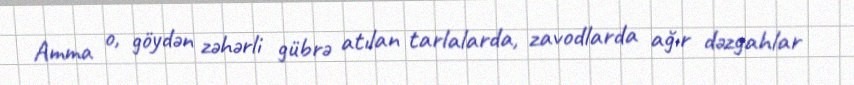
Amma o, göydən zəhərli gübrə atılan tarlalarda, zavodlarda ağır dəzgahlar